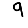
Digit: 9